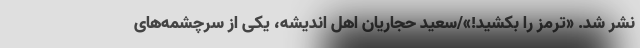
نشر شد. «ترمز را بکشید!»/سعید حجاریان اهل اندیشه، یکی از سرچشمه‌های